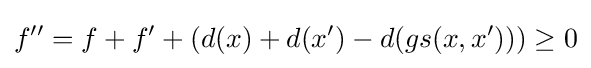
f''=f+f'+(d(x)+d(x')-d(gs(x,x')))\geq 0